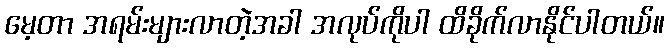
မေ့တာ အရမ်းများလာတဲ့အခါ အလုပ်ကိုပါ ထိခိုက်လာနိုင်ပါတယ်။